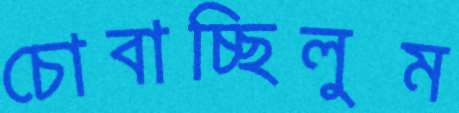
চোবাচ্ছিলুম